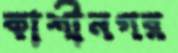
কাশীনগর